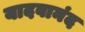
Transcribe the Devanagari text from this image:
यादवानंद